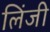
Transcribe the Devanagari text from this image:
लिंजी